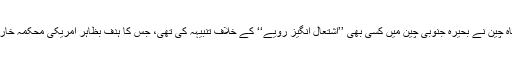
رواں ماہ چین نے بحیرہ جنوبی چین میں کسی بھی ’’اشتعال انگیز رویے‘‘ کے خلاف تنبیہہ کی تھی، جس کا ہدف بظاہر امریکی محکمہ خارجہ تھا۔